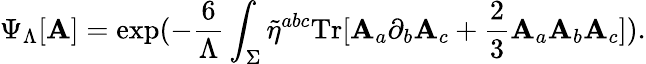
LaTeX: \Psi_{\Lambda}[\mathbf{A}]=\mathrm{{exp}}(-\frac{{6}}{{\Lambda}}\int_{\Sigma}\tilde{{\eta}}^{abc}\mathrm{{Tr}}[\mathbf{A}_{a}\partial_{b}\mathbf{A}_{c}+\frac{{2}}{{3}}\mathbf{A}_{a}\mathbf{A}_{b}\mathbf{A}_{c}]).